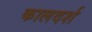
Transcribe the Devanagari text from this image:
कालदर्श